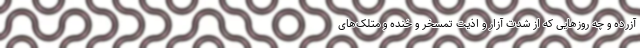
آزرده و چه روزهایی که از شدت آزار و اذیت تمسخر و خنده و متلک‌های